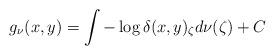
LaTeX: \begin{align*}g_\nu(x,y) = \int -\log \delta(x,y)_\zeta d\nu(\zeta) + C\end{align*}